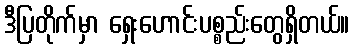
ဒီပြတိုက်မှာ ရှေးဟောင်းပစ္စည်းတွေရှိတယ်။